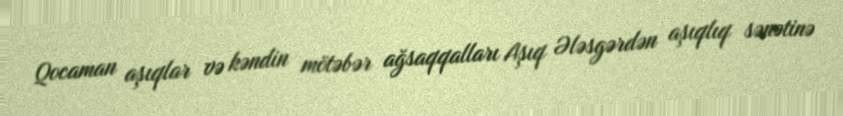
Qocaman aşıqlar və kəndin mötəbər ağsaqqalları Aşıq Ələsgərdən aşıqlıq sənətinə